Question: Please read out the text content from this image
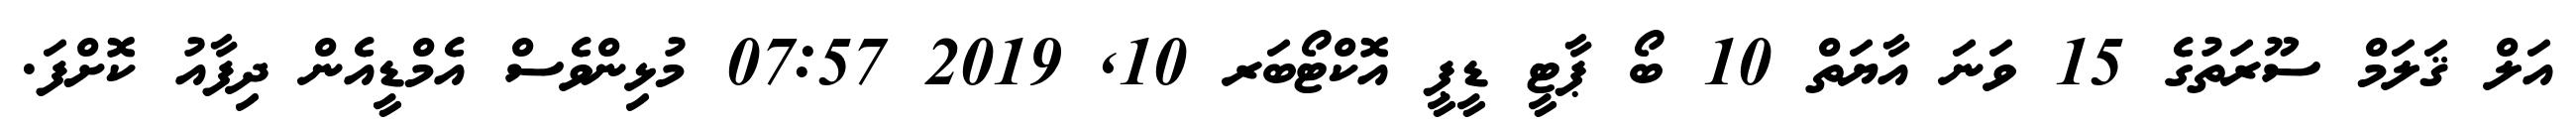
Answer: އަލް ޤަލަމް ސޫރަތުގެ 15 ވަނަ އާޔަތް 10 ބޯ ޕާޓީ ޑީޕީ އޮކްޓޯބަރ 10, 2019 07:57 މުޅިންވެސް އެމްޑީއެން ދިފާއު ކޮށްފަ.